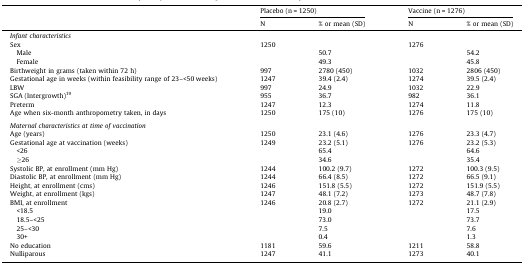
<table><thead><tr><td></td><td colspan="2"><b>Placebo (n = 1250)</b></td><td colspan="2"><b>Vaccine (n = 1276)</b></td></tr><tr><td></td><td><b>N</b></td><td><b>% or mean (SD)</b></td><td><b>N</b></td><td><b>% or mean (SD)</b></td></tr></thead><tbody><tr><td colspan="5"><i>Infant characteristics</i></td></tr><tr><td>Sex</td><td>1250</td><td></td><td>1276</td><td></td></tr><tr><td> Male</td><td></td><td>50.7</td><td></td><td>54.2</td></tr><tr><td> Female</td><td></td><td>49.3</td><td></td><td>45.8</td></tr><tr><td>Birthweight in grams (taken within 72 h)</td><td>997</td><td>2780 (450)</td><td>1032</td><td>2806 (450)</td></tr><tr><td>Gestational age in weeks (within feasibility range of 23–&lt;50 weeks)</td><td>1247</td><td>39.4 (2.4)</td><td>1274</td><td>39.5 (2.4)</td></tr><tr><td>LBW</td><td>997</td><td>24.9</td><td>1032</td><td>22.9</td></tr><tr><td>SGA (Intergrowth)<sup>19</sup></td><td>955</td><td>36.7</td><td>982</td><td>36.1</td></tr><tr><td>Preterm</td><td>1247</td><td>12.3</td><td>1274</td><td>11.8</td></tr><tr><td>Age when six-month anthropometry taken, in days</td><td>1250</td><td>175 (10)</td><td>1276</td><td>175 (10)</td></tr><tr><td colspan="5">  </td></tr><tr><td colspan="5"><i>Maternal characteristics at time of vaccination</i></td></tr><tr><td>Age (years)</td><td>1250</td><td>23.1 (4.6)</td><td>1276</td><td>23.3 (4.7)</td></tr><tr><td>Gestational age at vaccination (weeks)</td><td>1249</td><td>23.2 (5.1)</td><td>1276</td><td>23.2 (5.3)</td></tr><tr><td> &lt;26</td><td></td><td>65.4</td><td></td><td>64.6</td></tr><tr><td> ≥26</td><td></td><td>34.6</td><td></td><td>35.4</td></tr><tr><td>Systolic BP, at enrollment (mm Hg)</td><td>1244</td><td>100.2 (9.7)</td><td>1272</td><td>100.3 (9.5)</td></tr><tr><td>Diastolic BP, at enrollment (mm Hg)</td><td>1244</td><td>66.4 (8.5)</td><td>1272</td><td>66.5 (9.1)</td></tr><tr><td>Height, at enrollment (cms)</td><td>1246</td><td>151.8 (5.5)</td><td>1272</td><td>151.9 (5.5)</td></tr><tr><td>Weight, at enrollment (kgs)</td><td>1247</td><td>48.1 (7.2)</td><td>1273</td><td>48.7 (7.8)</td></tr><tr><td>BMI, at enrollment</td><td>1246</td><td>20.8 (2.7)</td><td>1272</td><td>21.1 (2.9)</td></tr><tr><td> &lt;18.5</td><td></td><td>19.0</td><td></td><td>17.5</td></tr><tr><td> 18.5–&lt;25</td><td></td><td>73.0</td><td></td><td>73.7</td></tr><tr><td> 25–&lt;30</td><td></td><td>7.5</td><td></td><td>7.6</td></tr><tr><td> 30+</td><td></td><td>0.4</td><td></td><td>1.3</td></tr><tr><td>No education</td><td>1181</td><td>59.6</td><td>1211</td><td>58.8</td></tr><tr><td>Nulliparous</td><td>1247</td><td>41.1</td><td>1273</td><td>40.1</td></tr></tbody></table>